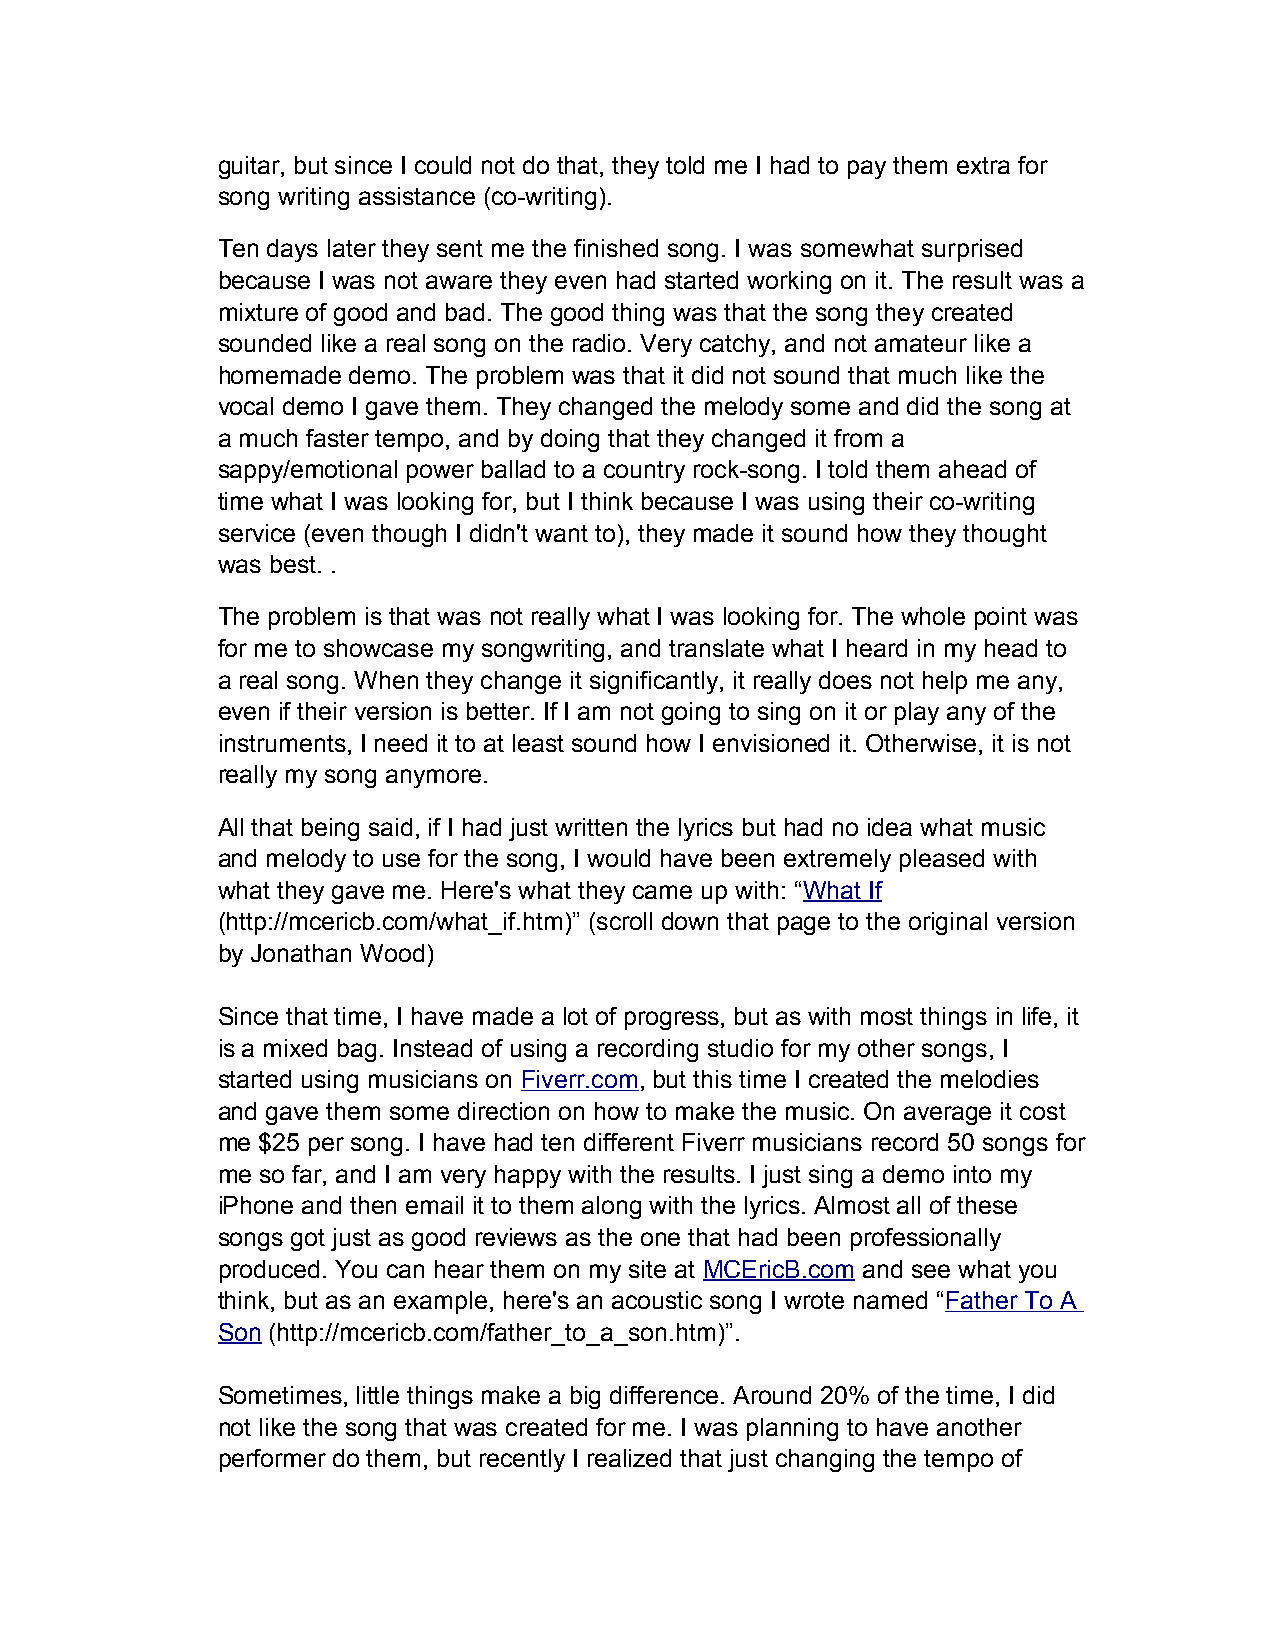
guitar, but since I could not do that, they told me I had to pay them extra for
 song writing assistance (co-writing).
 Ten days later they sent me the finished song. I was somewhat surprised
 because I was not aware they even had started working on it. The result was a
 mixture of good and bad. The good thing was that the song they created
 sounded like a real song on the radio. Very catchy, and not amateur like a
 homemade demo. The problem was that it did not sound that much like the
 vocal demo I gave them. They changed the melody some and did the song at
 a much faster tempo, and by doing that they changed it from a
 sappy/emotional power ballad to a country rock-song. I told them ahead of
 time what I was looking for, but I think because I was using their co-writing
 service (even though I didn't want to), they made it sound how they thought
 was best. .
 The problem is that was not really what I was looking for. The whole point was
 for me to showcase my songwriting, and translate what I heard in my head to
 a real song. When they change it significantly, it really does not help me any,
 even if their version is better. If I am not going to sing on it or play any of the
 instruments, I need it to at least sound how I envisioned it. Otherwise, it is not
 really my song anymore.
 All that being said, if I had just written the lyrics but had no idea what music
 and melody to use for the song, I would have been extremely pleased with
 what they gave me. Here's what they came up with: “What If
 (http://mcericb.com/what_if.htm)” (scroll down that page to the original version
 by Jonathan Wood)
 Since that time, I have made a lot of progress, but as with most things in life, it
 is a mixed bag. Instead of using a recording studio for my other songs, I
 started using musicians on Fiverr.com, but this time I created the melodies
 and gave them some direction on how to make the music. On average it cost
 me $25 per song. I have had ten different Fiverr musicians record 50 songs for
 me so far, and I am very happy with the results. I just sing a demo into my
 iPhone and then email it to them along with the lyrics. Almost all of these
 songs got just as good reviews as the one that had been professionally
 produced. You can hear them on my site at MCEricB.com and see what you
 think, but as an example, here's an acoustic song I wrote named “Father To A
 Son (http://mcericb.com/father_to_a_son.htm)”.
 Sometimes, little things make a big difference. Around 20% of the time, I did
 not like the song that was created for me. I was planning to have another
 performer do them, but recently I realized that just changing the tempo of